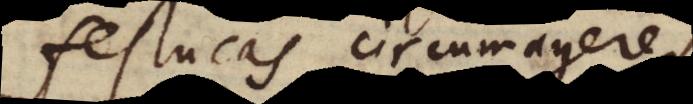
festucas circumagere,